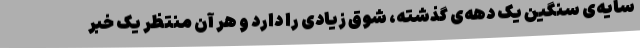
سایه‌ی سنگین یک دهه‌ی گذشته، شوق زیادی را دارد و هر آن منتظر یک خبر